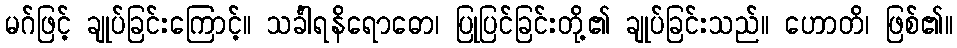
မဂ်ဖြင့် ချုပ်ခြင်းကြောင့်။ သင်္ခါရနိရောဓော၊ ပြုပြင်ခြင်းတို့၏ ချုပ်ခြင်းသည်။ ဟောတိ၊ ဖြစ်၏။